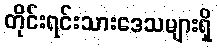
တိုင်းရင်းသားဒေသများရှိ